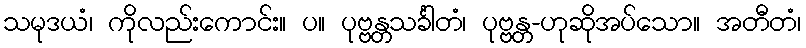
သမုဒယံ၊ ကိုလည်းကောင်း။ ပ။ ပုဗ္ဗန္တသင်္ခါတံ၊ ပုဗ္ဗန္တ-ဟုဆိုအပ်သော။ အတီတံ၊